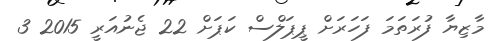
މާޒިޔާ ފުރަތަމަ ފަހަރަށް ޕީޕަލްސް ކަޕަށް 22 ޖެނުއަރީ 2015 3